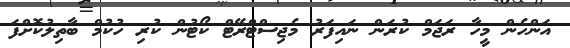
އަންހެން މީހާ ރަޖަމް ކުރަން ނައިފަރު މެޖިސްޓްރޭޓް ކޯޓުން ކުރި ހުކުމް ބާތިލުކޮށްފަ